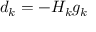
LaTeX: d _ { k } = - H _ { k } g _ { k }